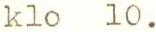
klo 10.